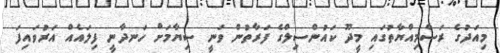
މިއަދުގެ ރަސްމިއްޔާތުގައި މީދޫ ކައުންސިލްގެ ފަރާތުން ވަނީ ސިޔާމަށް ހަނދާނީ ފިލައެއް އަރުވައިފަ